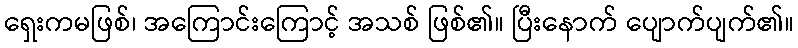
ရှေးကမဖြစ်၊ အကြောင်းကြောင့် အသစ် ဖြစ်၏။ ပြီးနောက် ပျောက်ပျက်၏။